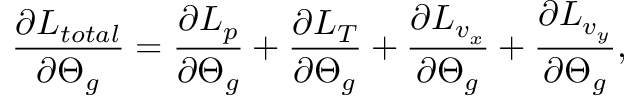
\frac { \partial L _ { t o t a l } } { \partial \boldsymbol { \Theta } _ { g } } = \frac { \partial L _ { p } } { \partial \boldsymbol { \Theta } _ { g } } + \frac { \partial L _ { T } } { \partial \boldsymbol { \Theta } _ { g } } + \frac { \partial L _ { v _ { x } } } { \partial \boldsymbol { \Theta } _ { g } } + \frac { \partial L _ { v _ { y } } } { \partial \boldsymbol { \Theta } _ { g } } ,